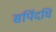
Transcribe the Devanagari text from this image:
सर्पिदधि